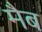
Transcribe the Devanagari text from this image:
मैब